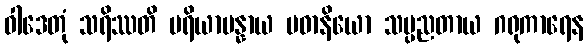
ဝါဒေတုံ သရိဿတိ ပရိယာပန္နာယ ပဓာနိယော သပ္ပညတာယ ဂရုကာရေန